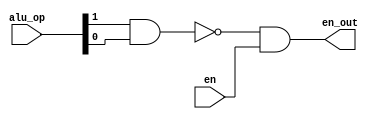
module nop_wr(
	input en,
	input [1:0] alu_op,
	output en_out
);

	assign en_out = ~(alu_op[1] & alu_op[0]) & en; 

endmodule